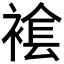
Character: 𧛛